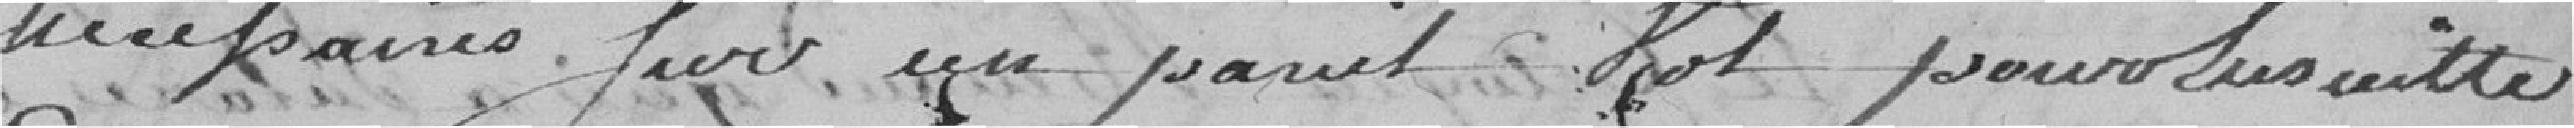
nécessaires pour un